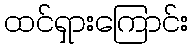
ထင်ရှားကြောင်း